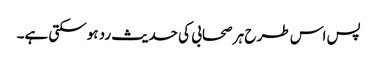
پس اس طر ح ہر صحابی کی حدیث رد ہوسکتی ہے۔